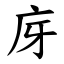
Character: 庌